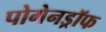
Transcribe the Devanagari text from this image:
पोगेनड्रॉफ